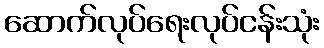
ဆောက်လုပ်ရေးလုပ်ငန်းသုံး